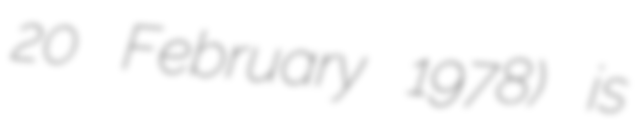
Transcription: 20 February 1978) is